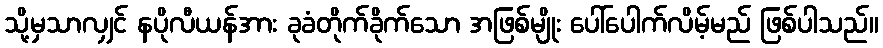
သို့မှသာလျှင် နပိုလီယန်အား ခုခံတိုက်ခိုက်သော အဖြစ်မျိုး ပေါ်ပေါက်လိမ့်မည် ဖြစ်ပါသည်။